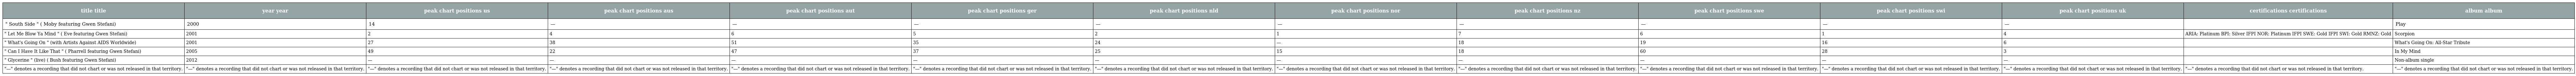
| title title | year year | peak chart positions us | peak chart positions aus | peak chart positions aut | peak chart positions ger | peak chart positions nld | peak chart positions nor | peak chart positions nz | peak chart positions swe | peak chart positions swi | peak chart positions uk | certifications certifications | album album |
 | --- | --- | --- | --- | --- | --- | --- | --- | --- | --- | --- | --- | --- | --- |
 | " South Side " ( Moby featuring Gwen Stefani) | 2000 | 14 | — | — | — | — | — | — | — | — | — |  | Play |
 | " Let Me Blow Ya Mind " ( Eve featuring Gwen Stefani) | 2001 | 2 | 4 | 6 | 5 | 2 | 1 | 7 | 6 | 1 | 4 | ARIA: Platinum BPI: Silver IFPI NOR: Platinum IFPI SWE: Gold IFPI SWI: Gold RMNZ: Gold | Scorpion |
 | " What's Going On " (with Artists Against AIDS Worldwide) | 2001 | 27 | 38 | 51 | 35 | 24 | — | 18 | 19 | 16 | 6 |  | What's Going On: All-Star Tribute |
 | " Can I Have It Like That " ( Pharrell featuring Gwen Stefani) | 2005 | 49 | 22 | 47 | 37 | 25 | 15 | 18 | 60 | 28 | 3 |  | In My Mind |
 | " Glycerine " (live) ( Bush featuring Gwen Stefani) | 2012 | — | — | — | — | — | — | — | — | — | — |  | Non-album single |
 | "—" denotes a recording that did not chart or was not released in that territory. | "—" denotes a recording that did not chart or was not released in that territory. | "—" denotes a recording that did not chart or was not released in that territory. | "—" denotes a recording that did not chart or was not released in that territory. | "—" denotes a recording that did not chart or was not released in that territory. | "—" denotes a recording that did not chart or was not released in that territory. | "—" denotes a recording that did not chart or was not released in that territory. | "—" denotes a recording that did not chart or was not released in that territory. | "—" denotes a recording that did not chart or was not released in that territory. | "—" denotes a recording that did not chart or was not released in that territory. | "—" denotes a recording that did not chart or was not released in that territory. | "—" denotes a recording that did not chart or was not released in that territory. | "—" denotes a recording that did not chart or was not released in that territory. | "—" denotes a recording that did not chart or was not released in that territory. |